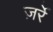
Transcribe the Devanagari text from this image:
ज़र्रे